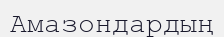
Амазондардың